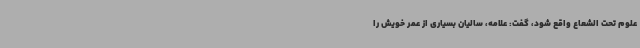
علوم تحت الشعاع واقع شود، گفت: علامه، سالیان بسیاری از عمر خویش را